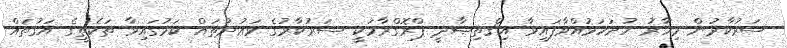
ސަރުކާރުން މިހާރު ހުށަހަޅުއްވާފައިވާ އިޤްތިޞާދީ ޕްރޮގްރާމަކީ ސަރުކާރުގެ ވަޢުދުތައް ކަމުގައިވާ ތަކެތީގެ އަގުތައް